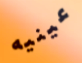
عينيه